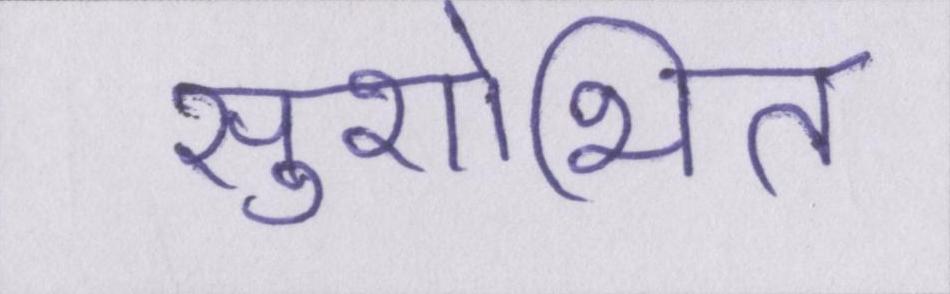
सुशोभित